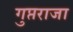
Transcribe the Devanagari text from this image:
गुप्तराजा